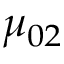
\mu _ { 0 2 }